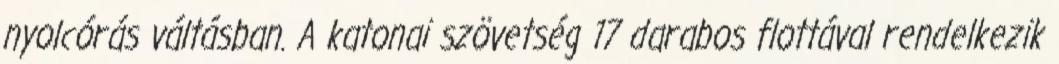
nyolcórás váltásban. A katonai szövetség 17 darabos flottával rendelkezik